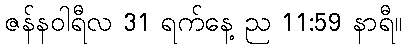
ဇန်နဝါရီလ 31 ရက်နေ့ ည 11:59 နာရီ။